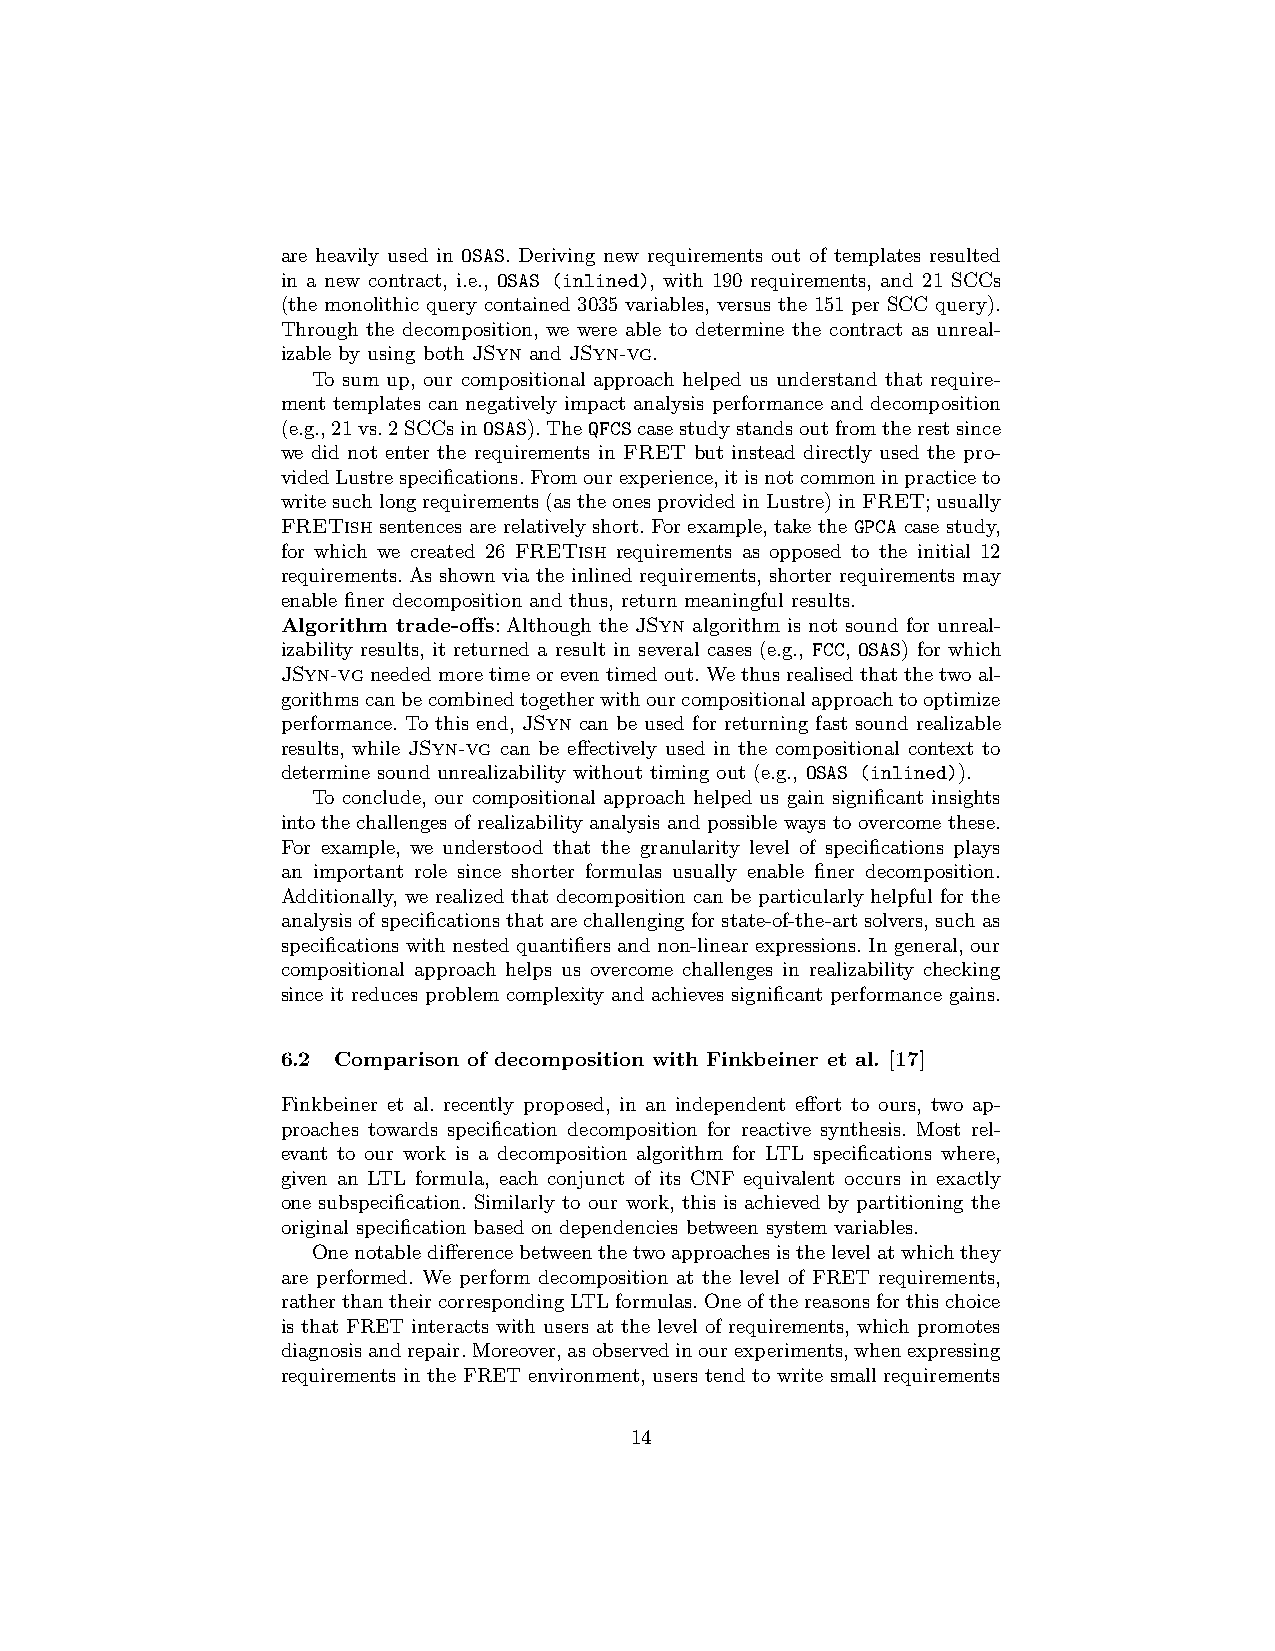
are heavily used in OSAS. Deriving new requirements out of templates resulted
 in a new contract, i.e., OSAS (inlined), with 190 requirements, and 21 SCCs
 (the monolithic query contained 3035 variables, versus the 151 per SCC query).
 Through the decomposition, we were able to determine the contract as unreal-
 izable by using both JSyn and JSyn-vg.
 To sum up, our compositional approach helped us understand that require-
 ment templates can negatively impact analysis performance and decomposition
 (e.g.,21vs.2SCCsinOSAS).TheQFCScasestudystandsoutfromtherestsince
 we did not enter the requirements in FRET but instead directly used the pro-
 videdLustrespecifications.Fromourexperience,itisnotcommoninpracticeto
 writesuchlongrequirements(astheonesprovidedinLustre)inFRET;usually
 FRETish sentences are relatively short. For example, take the GPCA case study,
 for which we created 26 FRETish requirements as opposed to the initial 12
 requirements. As shown via the inlined requirements, shorter requirements may
 enable finer decomposition and thus, return meaningful results.
 Algorithm trade-offs: Although the JSyn algorithm is not sound for unreal-
 izability results, it returned a result in several cases (e.g., FCC, OSAS) for which
 JSyn-vgneededmoretimeoreventimedout.Wethusrealisedthatthetwoal-
 gorithmscanbecombinedtogetherwithourcompositionalapproachtooptimize
 performance. To this end, JSyn can be used for returning fast sound realizable
 results, while JSyn-vg can be effectively used in the compositional context to
 determine sound unrealizability without timing out (e.g., OSAS (inlined)).
 To conclude, our compositional approach helped us gain significant insights
 into the challenges of realizability analysis and possible ways to overcome these.
 For example, we understood that the granularity level of specifications plays
 an important role since shorter formulas usually enable finer decomposition.
 Additionally, we realized that decomposition can be particularly helpful for the
 analysisofspecificationsthatarechallengingforstate-of-the-artsolvers,suchas
 specifications with nested quantifiers and non-linear expressions. In general, our
 compositional approach helps us overcome challenges in realizability checking
 since it reduces problem complexity and achieves significant performance gains.
 6.2 Comparison of decomposition with Finkbeiner et al. [17]
 Finkbeiner et al. recently proposed, in an independent effort to ours, two ap-
 proaches towards specification decomposition for reactive synthesis. Most rel-
 evant to our work is a decomposition algorithm for LTL specifications where,
 given an LTL formula, each conjunct of its CNF equivalent occurs in exactly
 one subspecification. Similarly to our work, this is achieved by partitioning the
 original specification based on dependencies between system variables.
 Onenotabledifferencebetweenthetwoapproachesisthelevelatwhichthey
 are performed. We perform decomposition at the level of FRET requirements,
 ratherthantheircorrespondingLTLformulas.Oneofthereasonsforthischoice
 is that FRET interacts with users at the level of requirements, which promotes
 diagnosisandrepair.Moreover,asobservedinourexperiments,whenexpressing
 requirements in the FRET environment, users tend to write small requirements
 14